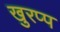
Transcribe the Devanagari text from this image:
खुरप्प